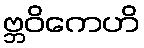
ဗ္ဘဝိကေဟိ